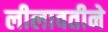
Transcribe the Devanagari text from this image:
लीलावतीने